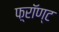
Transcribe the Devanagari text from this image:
फ़्रॉण्ट